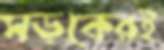
সড়কেরই